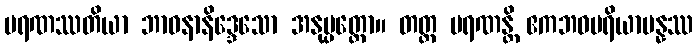
မရဏဿတိယာ ဘာဝနာနိဒ္ဒေသော အနုပ္ပတ္တော။ တတ္ထ မရဏန္တိ ဧကဘဝပရိယာပန္နဿ